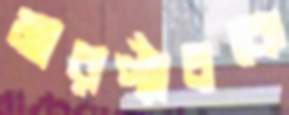
মারপ্যাঁচকে